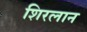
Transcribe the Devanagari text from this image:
शिरलान